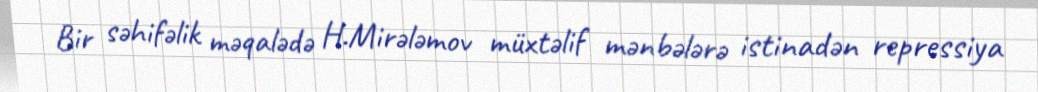
Bir səhifəlik məqalədə H.Mirələmov müxtəlif mənbələrə istinadən repressiya